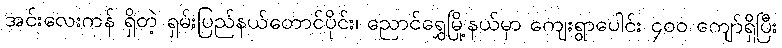
အင်းလေးကန် ရှိတဲ့ ရှမ်းပြည်နယ်တောင်ပိုင်း၊ ညောင်ရွှေမြို့နယ်မှာ ကျေးရွာပေါင်း ၄၀၀ ကျော်ရှိပြီး